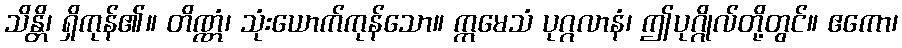
သိန္တိ၊ ရှိကုန်၏။ တိဏ္ဏံ၊ သုံးယောက်ကုန်သော။ ဣမေသံ ပုဂ္ဂလာနံ၊ ဤပုဂ္ဂိုလ်တို့တွင်။ ဧကော၊